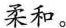
柔和。